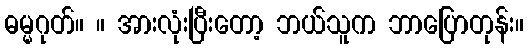
ဓမ္မဂုတ်။ ။ အားလုံးပြီးတော့ ဘယ်သူက ဘာပြောတုန်း။